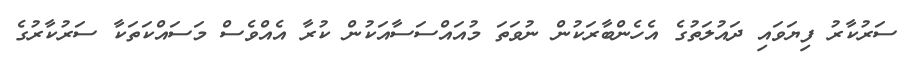
ސަރުކާރު ފިޔަވައި ދައުލަތުގެ އެހެންބާރަކުން ނުވަތަ މުއައްސަސާއަކުން ކުރާ އެއްވެސް މަސައްކަތަކާ ސަރުކާރުގެ